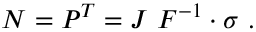
{ \boldsymbol { N } } = { \boldsymbol { P } } ^ { T } = J ~ { \boldsymbol { F } } ^ { - 1 } \cdot { \boldsymbol { \sigma } } ~ .